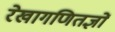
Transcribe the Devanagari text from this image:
रेखागणितज्ञों